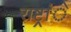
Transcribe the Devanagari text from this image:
राष्ट्रांे